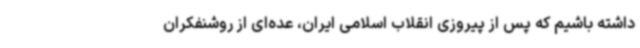
داشته باشیم که پس از پیروزی انقلاب اسلامی ایران، عده‌ای از روشنفکران